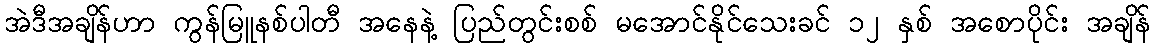
အဲဒီအချိန်ဟာ ကွန်မြူနစ်ပါတီ အနေနဲ့ ပြည်တွင်းစစ် မအောင်နိုင်သေးခင် ၁၂ နှစ် အစောပိုင်း အချိန်